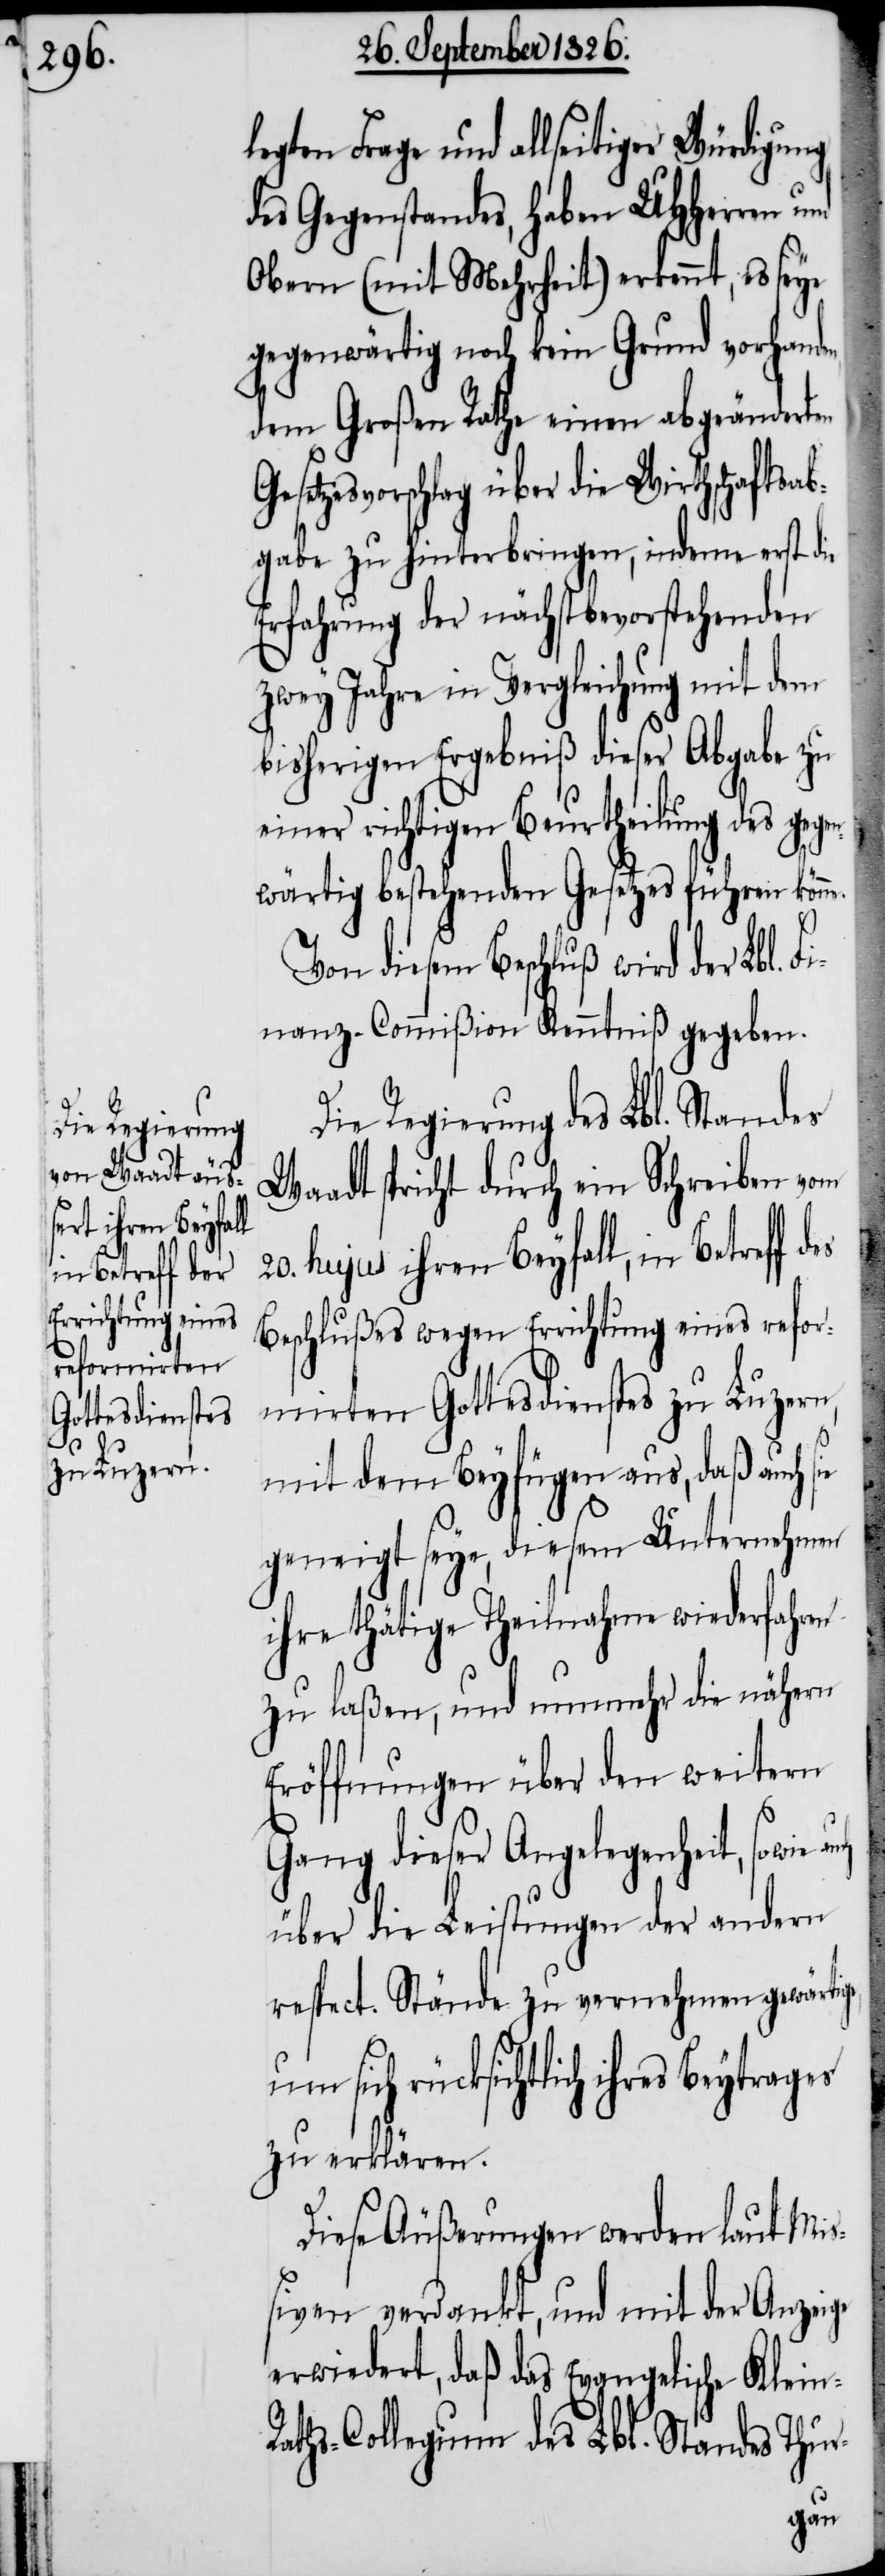
sich rück¬

legten Frage und allseitiger Würdigung
des Gegenstandes, haben MHHerren und
Obern (mit Mehrheit) erkennt, es seye
gegenwärtig noch kein Grund vorhanden
dem Großen Rathe einen abgeänderten
setzesvorschlag über die Wirtschaftsab¬
gabe zu hinterbringen, indem erst die
Erfahrung der nächstbevorstehenden
zwey Jahre in Vergleichung mit dem
bisherigen Ergebniß dieser Abgabe zu
richtigen Beurtheilung des g¬
wärtig bestehenden Gesetzes führen könn¬
ie
Von diesem Beschluß wird der Lbl. F¬
inanz-Commißion Kenntniß gegeben.
Die Regierung des Lbl. Standes
Waadt spricht durch ein Schreiben vom
20. hujus ihren Beyfall, in Betreff
Beschlußes wegen Errichtung eines refor¬
mirten Gottesdienstes zu Luzern,
mit dem Beyfügen aus, daß auch s¬
geneigt seye, diesem Unternehmen
ihre thätige Theilnahme wiederfahren
zu laßen, und nunmehr die nähern
Eröffnungen über den weitern
Gang dieser Angelegenheit, sowie
über die Leistungen der andern
respect. Stände zu vernehmen gewärti¬
sichtlich ihres Beytrages
zu erklären.
Diese Äußerungen werden laut Mi¬
ßiven verdankt, und mit der Anzeige
erwiedert, daß das Evangelische Klein-R¬
aths-Collegium des Lbl. Standes Thur-
ge,